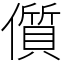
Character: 儨